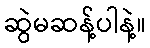
ဆွဲမဆန့်ပါနဲ့။